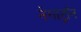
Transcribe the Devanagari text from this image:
नेगाट्रॉन